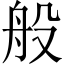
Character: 般